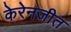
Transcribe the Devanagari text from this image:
केरेनजीत